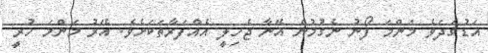
އަޑުގަދަވެ މަންމަ ފޯނު ނެގުމުން އޭނާ ޖެހިލީ އެއްފަރާތަކަށެވެ. އޭރު މަންމަ ހުރީ